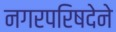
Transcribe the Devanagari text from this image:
नगरपरिषदेने